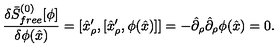
{ \frac { \delta \bar { S } _ { f r e e } ^ { ( 0 ) } [ \phi ] } { \delta \phi ( \hat { x } ) } } = [ \hat { x } _ { \rho } ^ { \prime } , [ \hat { x } _ { \rho } ^ { \prime } , \phi ( \hat { x } ) ] ] = - \hat { \partial } _ { \rho } \hat { \partial } _ { \rho } \phi ( \hat { x } ) = 0 .